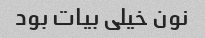
نون خیلی بیات بود